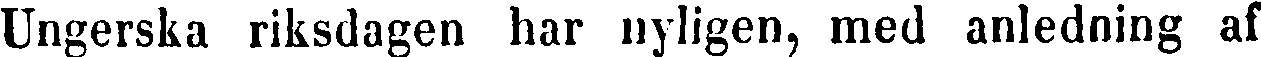
Ungerska riksdagen har nyligen, med anledning af